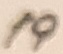
Text: 19